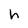
Character: h